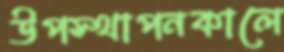
উপস্থাপনকালে